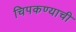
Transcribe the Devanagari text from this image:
चिपकण्याची